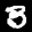
Label: 3